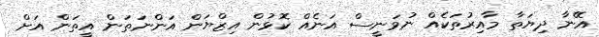
އޭނާ ދިޔަތާ މާއިރުތަކެއް ނުވަނީސް އަނެއް ކޮޅުން އިޒްޔަން އަންނަތަން އީތަން އަށް